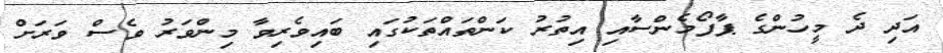
އަދި ދެ މީހުންގެ ޕާފޯމެންސާއި އިތުރު ކަންތައްތަކުގައި ބައިވެރިވާ މިންވަރު ވެސް ވަރަށް